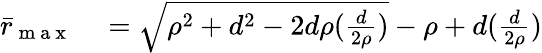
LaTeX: \begin{array}{rl}{\bar{r}_{\mathrm{~m~a~x~}}}&{{}=\sqrt{\rho^{2}+d^{2}-2d\rho(\frac{d}{2\rho})}-\rho+d(\frac{d}{2\rho})}\end{array}